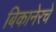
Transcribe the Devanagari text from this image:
बिकानेरचे